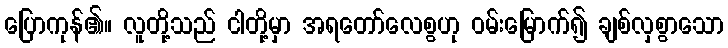
ပြောကုန်၏။ လူတို့သည် ငါတို့မှာ အရတော်လေစွဟု ဝမ်းမြောက်၍ ချစ်လှစွာသော